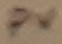
Text: PV